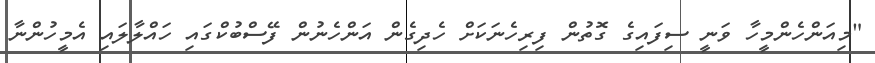
"މިއަންހެންމީހާ ވަނީ ސިފައިގެ ގޮތުން ފިރިހެނަކަށް ހެދިގެން އަންހެނުން ފޭސްބުކްގައި ހައްލާލައި އެމީހުންނާ